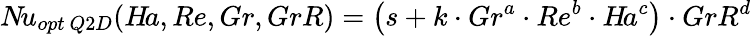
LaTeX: N\! u_{opt\ Q2D}(H\! a,Re,Gr,GrR)=\left(s+k\cdot Gr^{a}\cdot Re^{b}\cdot H\! a^{c}\right)\cdot GrR^{d}